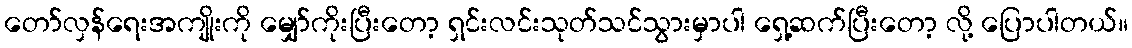
တော်လှန်ရေးအကျိုးကို မျှော်ကိုးပြီးတော့ ရှင်းလင်းသုတ်သင်သွားမှာပါ ရှေ့ဆက်ပြီးတော့ လို့ ပြောပါတယ်။